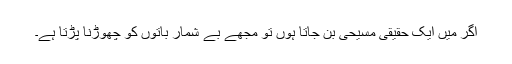
اگر میں ایک حقیقی مسیحی بن جاتا ہوں تو مجھے بے شمار باتوں کو چھوڑنا پڑتا ہے۔